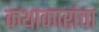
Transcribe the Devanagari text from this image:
कथाकारांचा